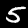
Digit: 5